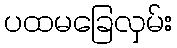
ပထမခြေလှမ်း